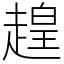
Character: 䞹